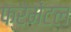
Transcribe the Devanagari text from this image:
फ्रेमेंटल